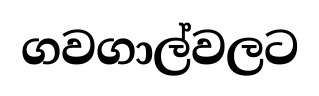
ගවගාල්වලට